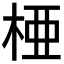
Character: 𬂲